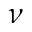
\nu